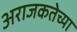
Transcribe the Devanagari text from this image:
अराजकतेच्या